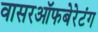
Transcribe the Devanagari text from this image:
वासरऑफबेरेटंग